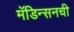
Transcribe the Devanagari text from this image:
मॅडिन्सनची